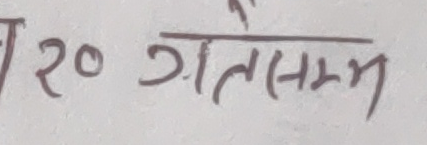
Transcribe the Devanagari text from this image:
२० गतेसम्म